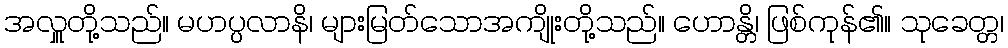
အလှူတို့သည်။ မဟပ္ပလာနိ၊ များမြတ်သောအကျိုးတို့သည်။ ဟောန္တိ၊ ဖြစ်ကုန်၏။ သုခေတ္တ၊